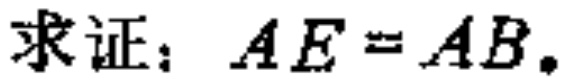
求证：\(AE = AB\)。